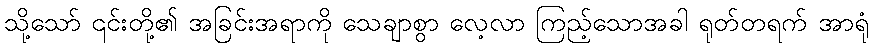
သို့သော် ၎င်းတို့၏ အခြင်းအရာကို သေချာစွာ လေ့လာ ကြည့်သောအခါ ရုတ်တရက် အာရုံ